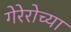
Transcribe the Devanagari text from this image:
गेरेरोच्या